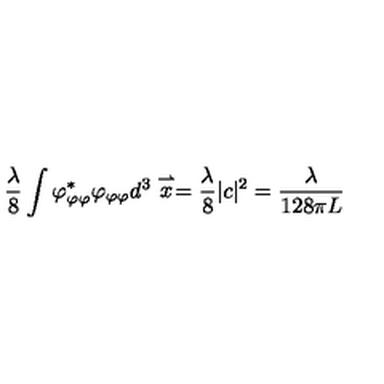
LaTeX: \frac { \lambda } { 8 } \int \varphi _ { \varphi \varphi } ^ { * } \varphi _ { \varphi \varphi } d ^ { 3 } \stackrel { \rightharpoonup } { x } = \frac { \lambda } { 8 } | c | ^ { 2 } = \frac { \lambda } { 1 2 8 \pi L }